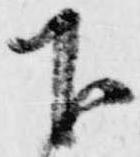
下